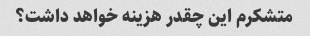
متشکرم این چقدر هزینه خواهد داشت؟